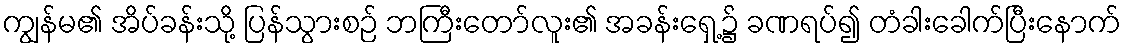
ကျွန်မ၏ အိပ်ခန်းသို့ ပြန်သွားစဉ် ဘကြီးတော်လူး၏ အခန်းရှေ့၌ ခဏရပ်၍ တံခါးခေါက်ပြီးနောက်